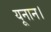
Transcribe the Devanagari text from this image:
यूनान।